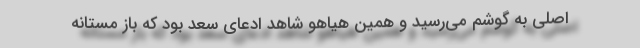
اصلی به گوشم می‌رسید و همین هیاهو شاهد ادعای سعد بود که باز مستانه